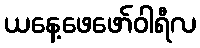
ယနေ့ဖေဖော်ဝါရီလ